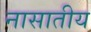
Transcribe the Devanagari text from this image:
नासातीय